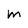
Character: m